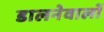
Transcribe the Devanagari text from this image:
डालनेवालों